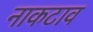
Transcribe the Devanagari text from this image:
नाकटाव